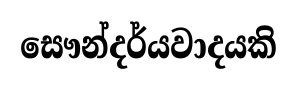
සෞන්දර්යවාදයකි